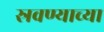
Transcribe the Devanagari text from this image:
स्रवण्याच्या